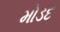
મોડદ